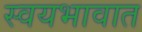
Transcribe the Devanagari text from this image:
स्वयभावात